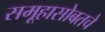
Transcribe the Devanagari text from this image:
समूहासोबतचे